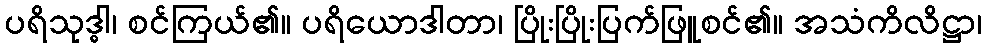
ပရိသုဒ္ဓါ၊ စင်ကြယ်၏။ ပရိယောဒါတာ၊ ပြိုးပြိုးပြက်ဖြူစင်၏။ အသံကိလိဋ္ဌာ၊